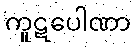
ကူဋပေါဏာ